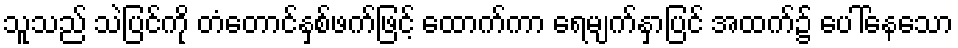
သူသည် သဲပြင်ကို တံတောင်နှစ်ဖက်ဖြင့် ထောက်ကာ ရေမျက်နှာပြင် အထက်၌ ပေါ်နေသော